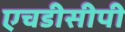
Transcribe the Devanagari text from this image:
एचडीसीपी